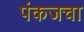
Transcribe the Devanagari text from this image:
पंकजचा